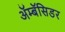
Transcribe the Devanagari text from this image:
ॲम्बॅसिडर